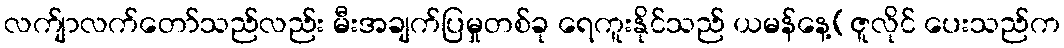
လက်ျာလက်တော်သည်လည်း မီးအချက်ပြမှုတစ်ခု ရေကူးနိုင်သည် ယမန်နေ့(ဇူလိုင် ပေးသည်က